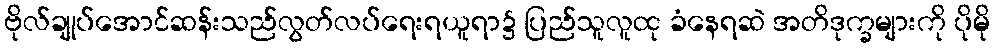
ဗိုလ်ချုပ်အောင်ဆန်းသည်လွတ်လပ်ရေးရယူရာ၌ ပြည်သူလူထု ခံနေရဆဲ အတိဒုက္ခများကို ပိုမို